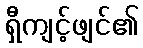
ရှီကျင့်ဖျင်၏